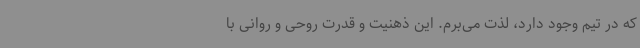
که در تیم وجود دارد، لذت می‌برم. این ذهنیت و قدرت روحی و روانی با